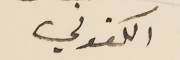
الكفوني